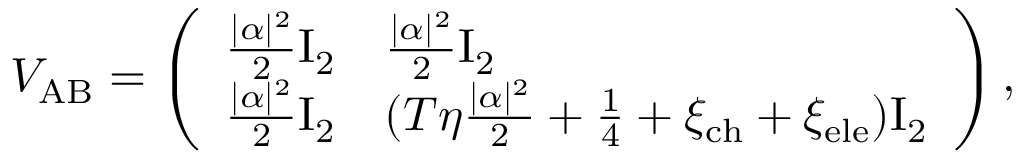
V _ { \mathrm { A B } } = \left( \begin{array} { l l } { \frac { | \alpha | ^ { 2 } } { 2 } \mathrm { I } _ { 2 } } & { \frac { | \alpha | ^ { 2 } } { 2 } \mathrm { I } _ { 2 } } \\ { \frac { | \alpha | ^ { 2 } } { 2 } \mathrm { I } _ { 2 } } & { ( T \eta \frac { | \alpha | ^ { 2 } } { 2 } + \frac { 1 } { 4 } + \xi _ { \mathrm { c h } } + \xi _ { \mathrm { e l e } } ) \mathrm { I } _ { 2 } } \end{array} \right) ,